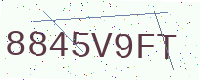
Text: 8845V9FT